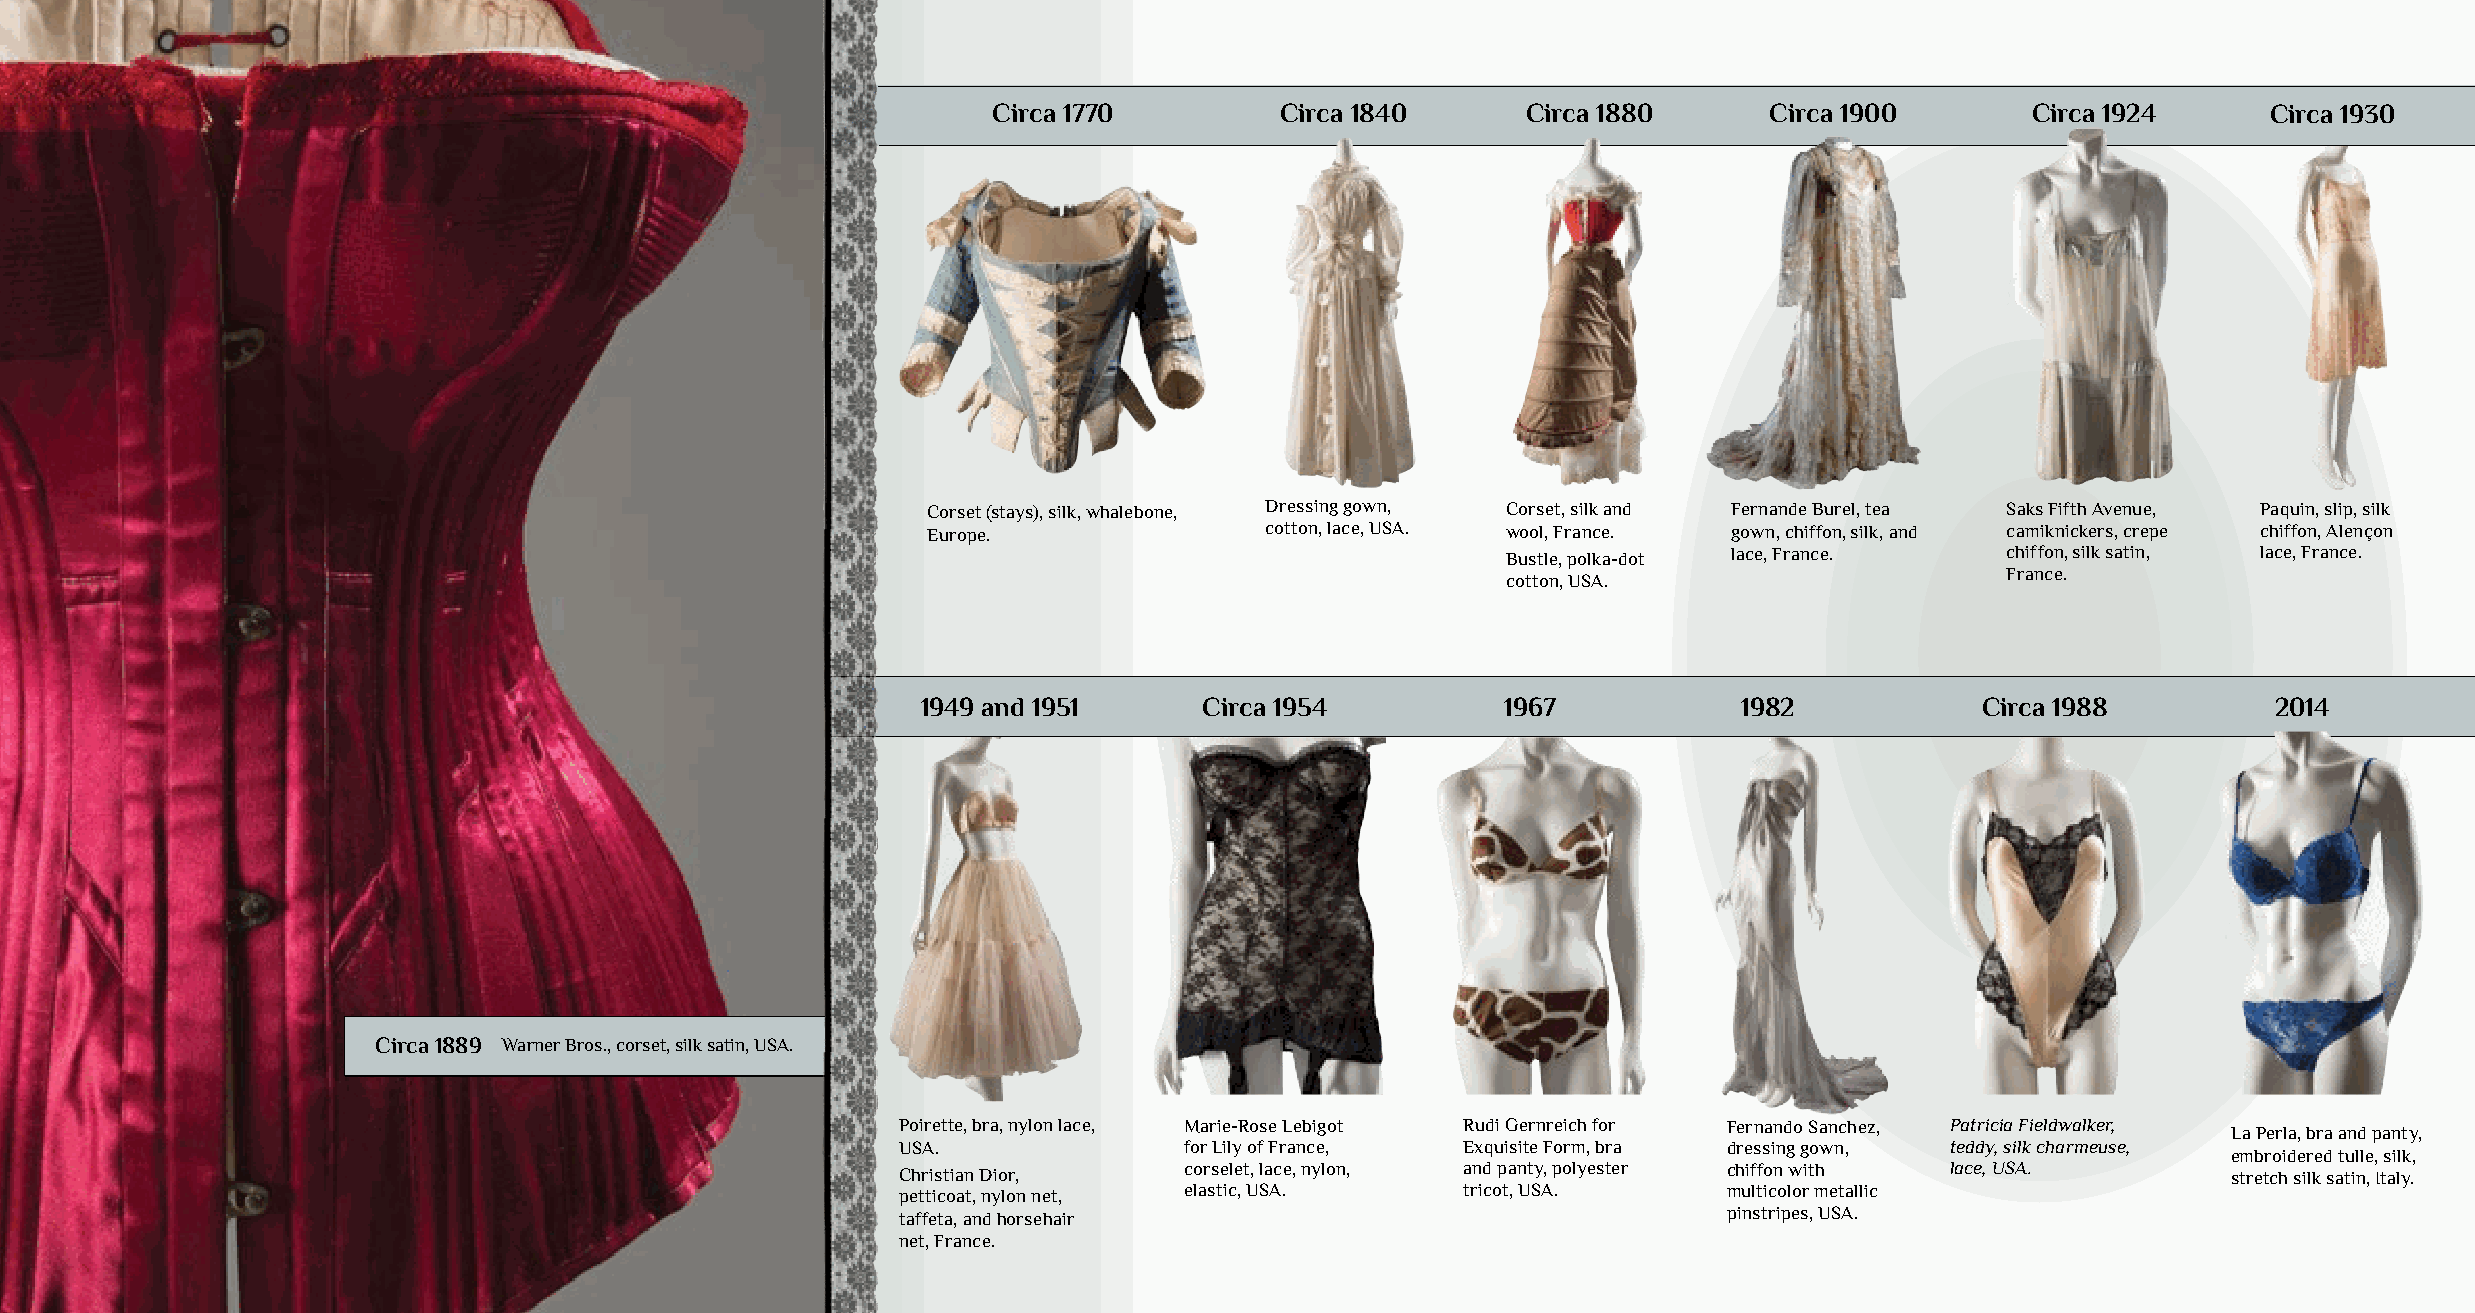
Circa 1770         Circa 1840      Circa 1880      Circa 1900        Circa 1924     Circa 1930
 Corset (stays), silk, whalebone, Dressing gown, Corset, silk and Fernande Burel, tea Saks Fifth Avenue, Paquin, slip, silk
 Europe.                cotton, lace, USA. wool, France. gown, chiffon, silk, and camiknickers, crepe chiffon, Alençon
 Bustle, polka-dot lace, France.  chiffon, silk satin, lace, France.
 France.
 cotton, USA.
 1949 and 1951      Circa 1954          1967           1982            Circa 1988          2014
 Circa 1889 Warner Bros., corset, silk satin, USA.
 Poirette, bra, nylon lace, Marie-Rose Lebigot Rudi Gernreich for Fernando Sanchez, Patricia Fieldwalker, La Perla, bra and panty,
 USA.              for Lily of France, Exquisite Form, bra dressing gown, teddy, silk charmeuse,
 embroidered tulle, silk,
 Christian Dior,   corselet, lace, nylon, and panty, polyester chiffon with lace, USA.   stretch silk satin, Italy.
 petticoat, nylon net, elastic, USA.  tricot, USA.     multicolor metallic
 taffeta, and horsehair                                pinstripes, USA.
 net, France.